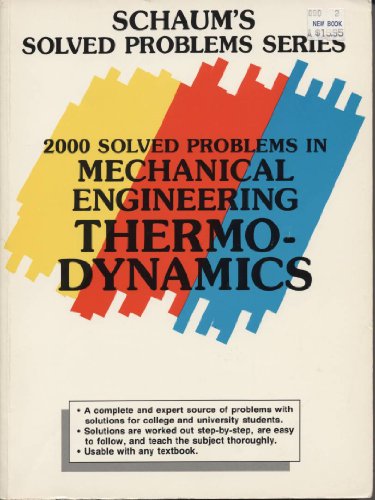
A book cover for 2000 Solved Problems in Mechanical Engineering Thermodynamics (Schaum's Solved Problems Series); P. E. Liley; Science & Math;